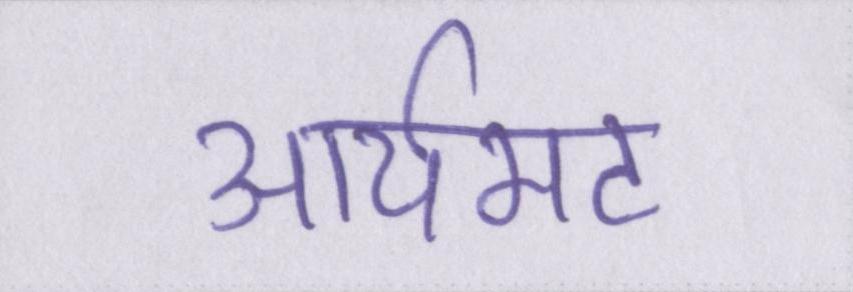
आर्यभट